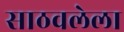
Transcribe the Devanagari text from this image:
साठवलेला